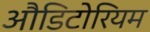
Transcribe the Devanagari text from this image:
औडिटोरियम